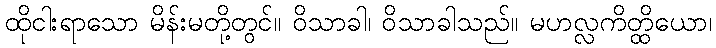
ထိုငါးရာသော မိန်းမတို့တွင်။ ဝိသာခါ၊ ဝိသာခါသည်။ မဟလ္လကိတ္ထိယော၊